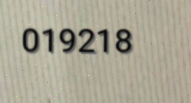
019218